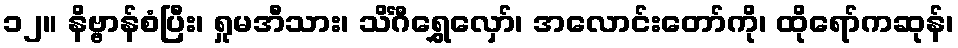
၁၂။ နိဗ္ဗာန်စံပြီး၊ ရှုမအီသား၊ သိင်္ဂီရွှေလှော်၊ အလောင်းတော်ကို၊ ထိုရော်ကဆုန်၊